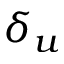
\delta _ { u }